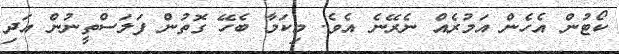
ކޯޓުން އެހެން އަމުރެއް ނެރޭނެ އެެވެ. މިކަމާ ބެހޭ ގޮތުން ފަލަސްތީނުން އަދި